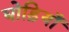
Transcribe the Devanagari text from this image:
घोड़ियाँ